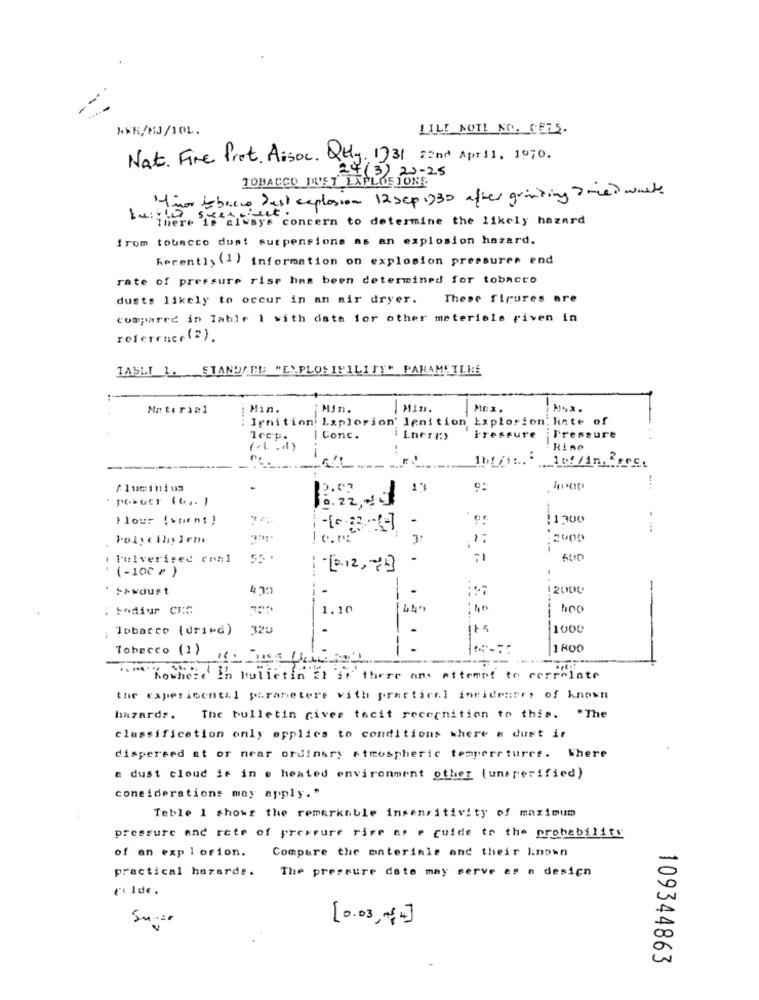
KWH/MJ/101.
LILI NOTI NO. CE75.
Nat. Fire Prot. Assoc. Qty. 1331 22nd April, 1970.
24(3) 20-25
TOBACCO DUST LAPLOSJONS
nor tobacco Jest explosion 12 sep 1930 after granting Tried white
There is always concern to determine the likely hazard
from tobacco dust surpensions as an explosion hazard.
Recenti> (1) information on explosion pressures end
rate of pressure rise has been determined for tobacco
dusts likely to occur in an air dryer.
These figures are
compared in Table 1 with date for other materials riven in
reference (2).
TABLI 1. STANDARD "EXPLOSIFILITY" PARAMETLHE
Material
Min.
Min.
Min.
MEI.
Ignition: Laplorion' lenition
Explosion' Rinte of
lecp.
I Conc.
iressure
Pressure
Rino
--
-
Aluminium
p.c.
6.22, 2
Flour (vtr n1 )
-
!1300
-----
0.
Polyethylene
-----
3:
.17
2900
: Pulverised conl
(- 100 ₽ )
- [0.12, - 4]
>>wourt
4711
12000
: Sodiur CKG
1.10
440
-----
; Tobacco (dried)
320
175
1000
Tobacco (1)
.
1800
Kocherd In bulletin at ar there an attempt to cerrolate
the experimental parameters with practical incidentes of known
hazards.
The bulletin cives tacit recognition to this. "The
classification only applies to conditions where & dust if
dispersed Et or near ordinary atmospheric temperrturee. Where
a dust cloud if in e heated environment other (unspecified)
considerations may apply. "
Teble 1 shows the remarkable insensitivity of maximum
pressure and rate of pressure rire ar e cuide to the probability
of an explorion.
Compare the onterimis and their known
practical hazarde.
The pressure date may serve as a design
Su .==
[0.03, +4]
109344863